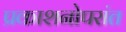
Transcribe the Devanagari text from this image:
प्रकाशनोपरांत